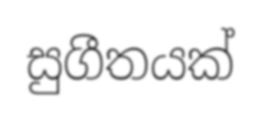
සුගීතයක්